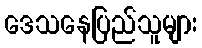
ဒေသနေပြည်သူများ